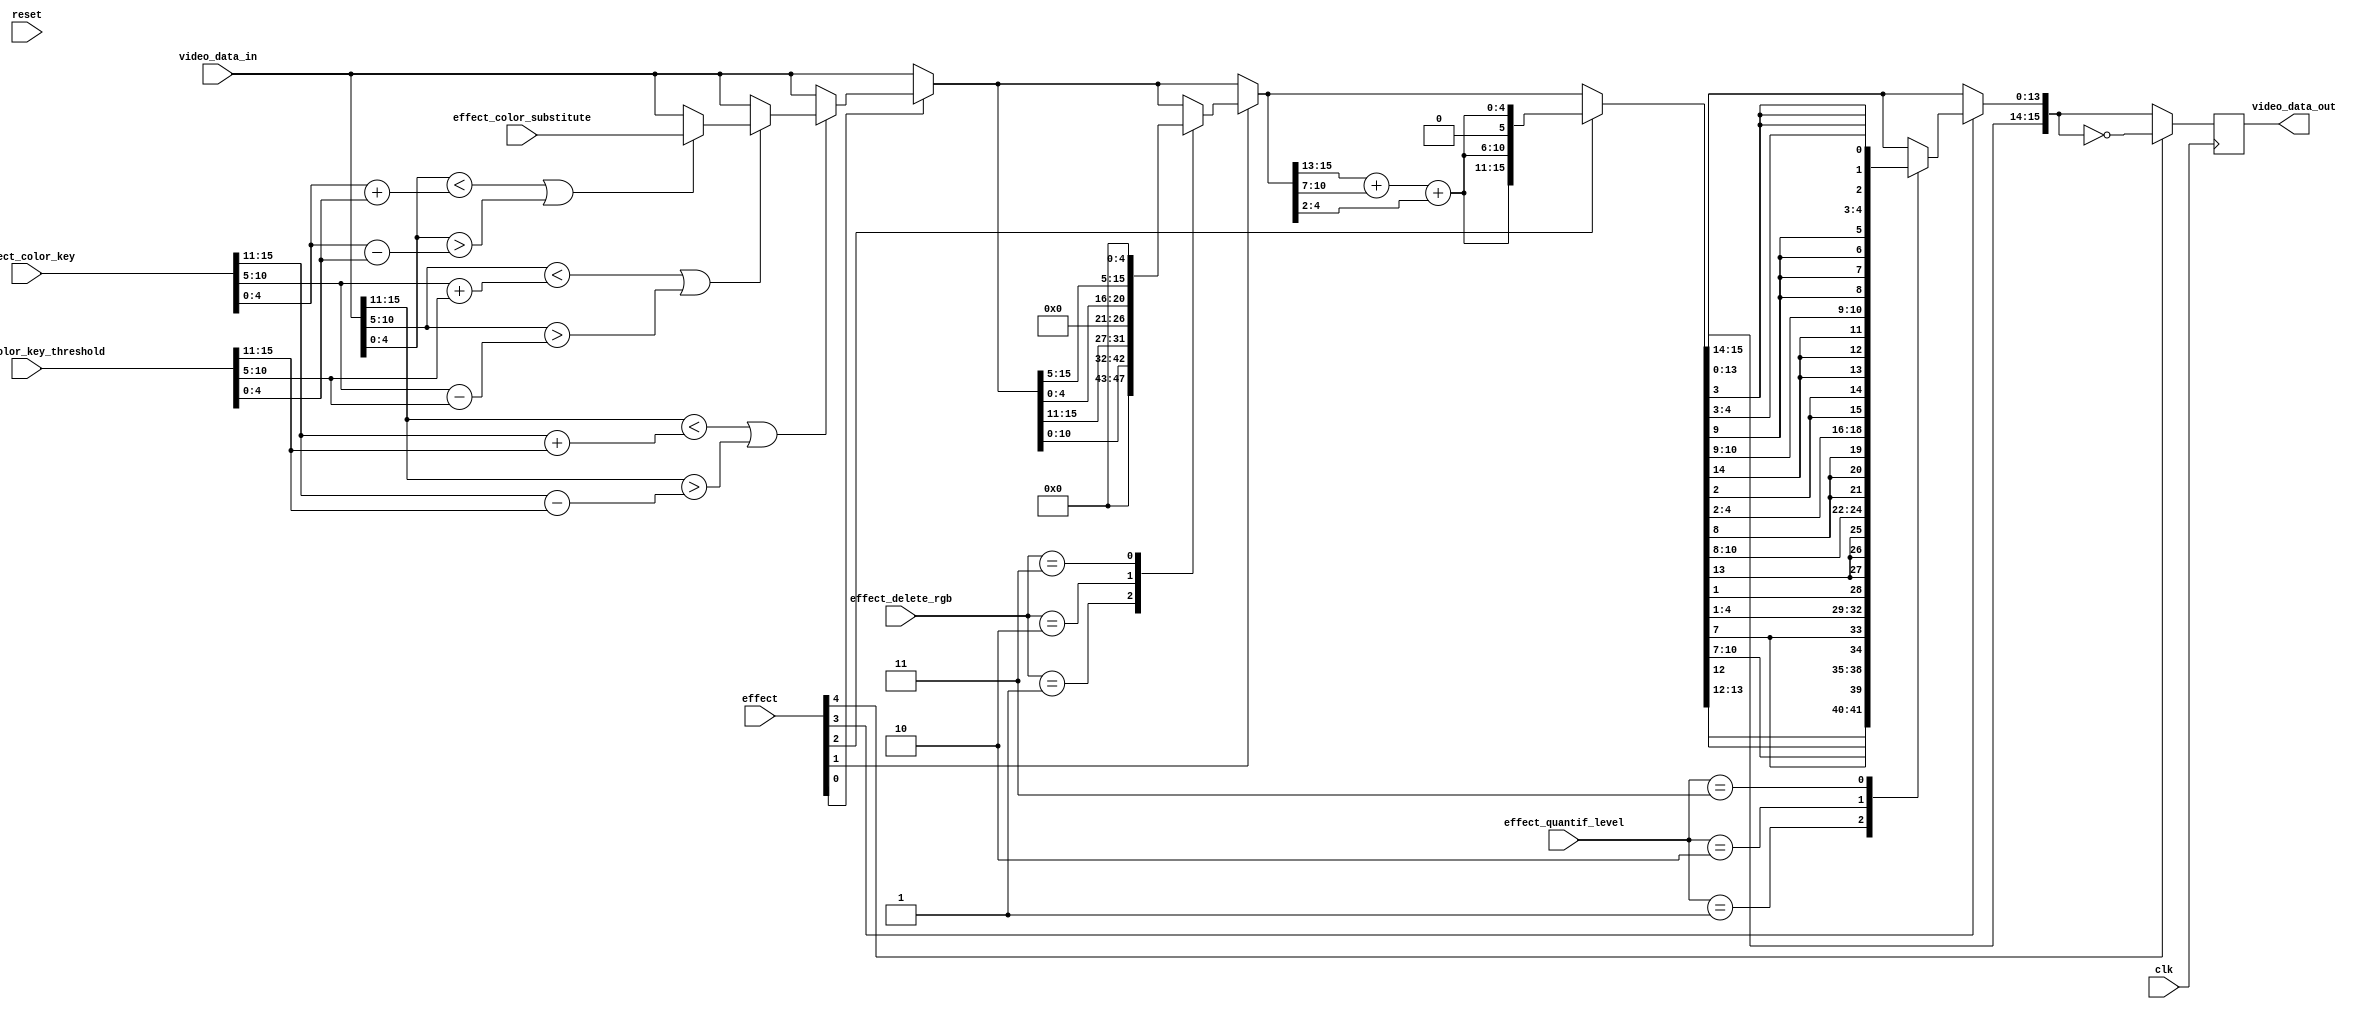
/* PROYECTO CHS 2022/2023
 * Mdulo de implementacin de efectos de vdeo.
*/


module video_effects (
    input wire clk,  // reloj
    input wire reset,  // reset
    
    input wire [4:0] effect,  // indica el efecto de vdeo a aplicar. 5 bits
    
    // effect[0] : Sustitucin de uno o varios colores por un valor constante (Chroma Key)
    //      Usar la variable effect_color_key para especificarlo
    //      Usar la variable effect_color_key_mask para especificar el rango (bits considerados y bits ignorados)
    //      Usar la variable effect_color_substitute para especificar el color de sustitucin
    
    // effect[1] : Eliminacin de uno o varios colores RGB
    //      Usar la variable effect_delete_rgb para especificar la componente a borrar
    
    // effect[2] : Escala de grises. Se usa la tcnica de luminosidad
    
    // effect[3] : Cuantificacin
    //      Usar la variable effect_quantif_level para especificar la precisin
    
    // effect[4] : Negativo
    
    input wire [1:0] effect_delete_rgb,  // indica el valor RGB a eliminar
    
    // effect_delete_rgb = 00 : No se elimina nada
    // effect_delete_rgb = 01 : Eliminar R
    // effect_delete_rgb = 10 : Eliminar G
    // effect_delete_rgb = 11 : Eliminar B
    
    input wire [1:0] effect_quantif_level,  // indica el nmero de componentes a borrar (cuantificar) de cada color
    
    // effect_quantif_level = 00 : No se elimina nada
    // effect_quantif_level = 01 : Se elimina el ltimo bit (LSB)
    // effect_quantif_level = 10 : Se eliminan los dos ltimos bits
    // effect_quantif_level = 11 : Se eliminan los tres ltimos bits
    
    input wire [15:0] effect_color_key,  // indica el valor RGB a eliminar para los efectos que lo necesiten
    input wire [15:0] effect_color_key_threshold,  // indica la tolerancia de colores (+-rango por componente)
    input wire [15:0] effect_color_substitute,  // indica el valor RGB por el que sustituir el color eliminado
    
    input wire [15:0] video_data_in,  // entrada de datos de vdeo, del avalon sink
    output reg [15:0] video_data_out  // salida de datos de vdeo, procesados, al avalon source
    
);


// Seales internas 

reg [15:0] video_data_proc;  // Net de asignacin secuencial de filtros
reg [4:0] video_aux_gs;  // Valores intermedios de clculos para filtro greyscale


always @(posedge clk)
begin

    video_data_proc = video_data_in;
    
    // Pueden aplicarse varios filtros simultneamente.
    // Estn definidos por prioridad secuencial: los primeros IFs se aplican antes.
    // Por eso se usa esta estructura de ifs encadenados y asignaciones combinacionales.
    
    
    // 1. Sustitucin de uno o varios colores por un valor constante (Chroma Key)
    if (effect[0] == 1'b1)
    begin
        // Si (pixel & mask) menos (key & mask) es cero => est en rango => sustituirlo
        // (video_data_proc[15:11] >> 2) + (video_data_proc[10:6] >> 1) + (video_data_proc[4:0] >> 2);
        if ((video_data_proc[15:11] < (effect_color_key[15:11] + effect_color_key_threshold[15:11])) | ((video_data_proc[15:11] > (effect_color_key[15:11] - effect_color_key_threshold[15:11]))))
            if ((video_data_proc[10:5] < (effect_color_key[10:5] + effect_color_key_threshold[10:5])) | ((video_data_proc[10:5] > (effect_color_key[10:5] - effect_color_key_threshold[10:5]))))
                if ((video_data_proc[4:0] < (effect_color_key[4:0] + effect_color_key_threshold[4:0])) | ((video_data_proc[4:0] > (effect_color_key[4:0] - effect_color_key_threshold[4:0]))))
                    video_data_proc = effect_color_substitute;
    end
    
    
    // 2. Eliminacin de uno o varios colores RGB
    if (effect[1] == 1'b1)
    begin
        case (effect_delete_rgb) 
            2'b01: video_data_proc = {5'b0, video_data_proc[10:5], video_data_proc[4:0]};
            2'b10: video_data_proc = {video_data_proc[15:11], 6'b0, video_data_proc[4:0]};
            2'b11: video_data_proc = {video_data_proc[15:11], video_data_proc[10:5], 5'b0};
        endcase
    end
    
    
    // 3. Escala de grises: Conversin de RGB a escala de grises
    if (effect[2] == 1'b1)
    begin
        // Grayscale por luminosidad aproximada: 0.25 * R; 0,5 * G; 0,25* B
        // Para el Green usamos 5 bits, los ms significativos (el ltimo es ignorado).
        video_aux_gs = (video_data_proc[15:11] >> 2) + (video_data_proc[10:6] >> 1) + (video_data_proc[4:0] >> 2);
        
        // Concatenacin de bits, compensando el bit verde que no hemos considerado antes
        video_data_proc = {video_aux_gs, video_aux_gs, 1'b0, video_aux_gs};
    end
    
    
    
    
    // 4. Cuantificacin: reduccin de la precisin del color
    if (effect[3] == 1'b1)
    begin
        case (effect_quantif_level) 
            2'b01: video_data_proc = {video_data_proc[15:12],    video_data_proc[12],   video_data_proc[10:7], {2{video_data_proc[7]}}, video_data_proc[4:1],    video_data_proc[1]};
            2'b10: video_data_proc = {video_data_proc[15:13], {2{video_data_proc[13]}}, video_data_proc[10:8], {3{video_data_proc[8]}}, video_data_proc[4:2], {2{video_data_proc[2]}}};
            2'b11: video_data_proc = {video_data_proc[15:14], {3{video_data_proc[14]}}, video_data_proc[10:9], {4{video_data_proc[9]}}, video_data_proc[4:3], {3{video_data_proc[3]}}};
        endcase
    end
    
    
    // 5. Negativo: invertir bits
    if (effect[4] == 1'b1)
    begin
        video_data_proc = ~video_data_proc;
    end
    
    video_data_proc = video_data_proc;
    
    // Si no entra en ningn caso, simplemente se asigna a la salida.
    video_data_out <= video_data_proc;
    
end


endmodule